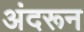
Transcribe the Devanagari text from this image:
अंदरून